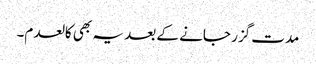
مدت گزر جانے کے بعد یہ بھی کالعدم۔